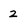
Character: 2